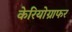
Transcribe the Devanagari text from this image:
केरियोग्राफर